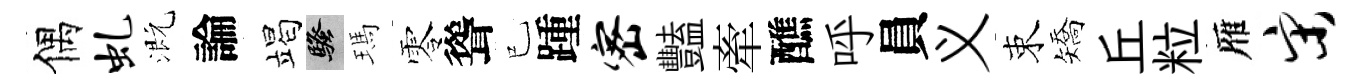
偶虬溉論竭騷瑪零聳已踵密豔牽醮呼員义束矯丘粒雁宋